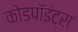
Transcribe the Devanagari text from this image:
कोडपॉइंट्स